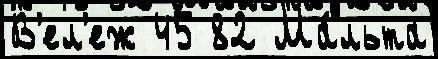
В'ел'еж 45 82 Ма́льта